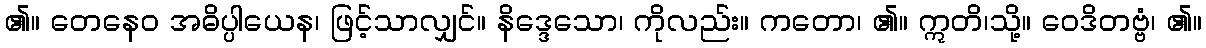
၏။ တေနေဝ အဓိပ္ပါယေန၊ ဖြင့်သာလျှင်။ နိဒ္ဒေသော၊ ကိုလည်း။ ကတော၊ ၏။ ဣတိ၊သို့။ ဝေဒိတဗ္ဗံ၊ ၏။